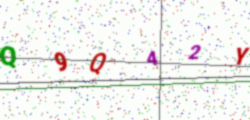
Text: Q9Q42Y